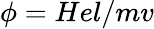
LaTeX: \phi=Hel/mv